Vaccine operations Central Provinces 1900-1911 - 1900-1911
Year: 1900
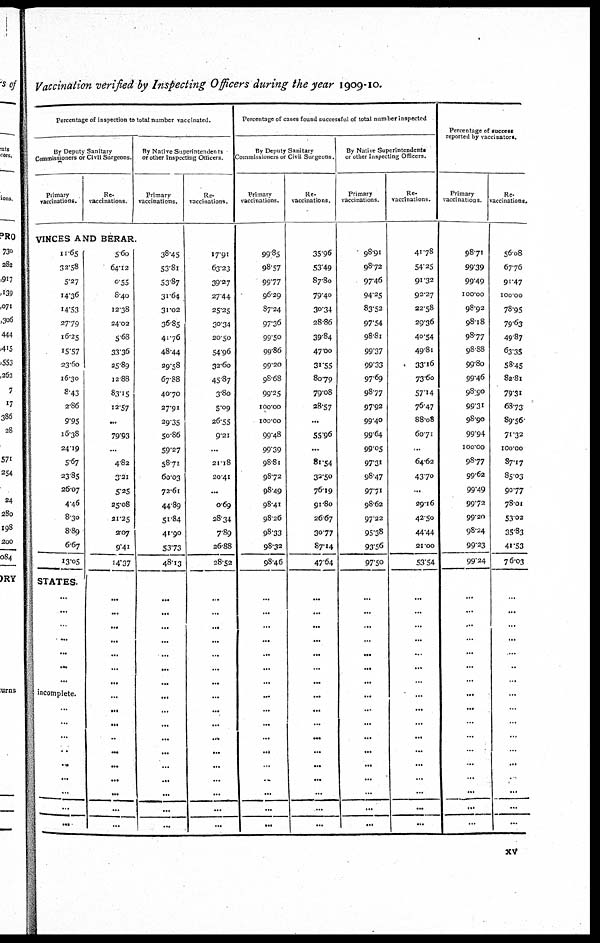
Vaccination verified by Inspecting Officers during the year 1909-10.
Percentage of inspection to total number vaccinated.
By Deputy Sanitary
Commissioners or Civil Surgeons
Primary
vaccinations.
Re¬
vaccinations
By Native Superintendents
or other Inspecting Officers
Primary
vaccinations.
VINCES AND BERAR.
11.65
32.58
5.27
14.36
14.53
27.79
16.25
15.57
23.60
16.30
8.43
2.86
9.95
1638
24.19
5.67
23.85
26.07
4.46
8.30
8.89
6.67
13.05
STATES.
...
...
...
...
...
...
...
incomplete.
...
...
...
...
...
...
...
...
...
5.60
64.12
0.55
8.40
12.38
24.02
5.68
33.36
25.89
12.88
83.15
12.57
...
79.93
...
4.82
3.21
5.25
25.08
21.25
2.07
9.41
14.37
...
...
...
...
...
...
...
...
...
...
...
...
...
...
...
...
...
38.45
53.81
53.87
31.64
31.02
36.85
41.76
48.44
29.58
67.88
40.70
27.91
29.35
50.86
59.27
58.71
60.03
72.61
44.89
51.84
41.90
53.73
48.13
...
...
...
...
...
...
...
...
...
...
...
...
...
...
...
...
...
Re¬
vaccinations.
17.91
63.23
39.27
27.44
25.25
30.34
20.50
54.96
32.60
45.87
3.80
5.09
26.55
9.21
...
21.18
20.41
...
0.69
28.34
7.89
26.88
28.52
...
...
...
...
...
...
...
...
...
...
...
...
...
...
...
...
...
Percentage of cases found successful of total number inspected
By Deputy Sanitary
Commissioners or Civil Surgeons.
Primary
vaccinations.
99.85
98.57
99.77
96.29
87.24
97.36
99.50
99.86
99.20
98.68
99.25
100.00
100.00
99.48
99.39
98.81
98.72
98.49
98.41
98.26
98.33
98.32
98.46
...
...
...
...
...
...
...
...
...
...
...
...
...
...
...
...
...
Re¬
vaccinations.
35.96
53.49
87.80
79.40
30.34
28.86
39.84
47.00
31.55
80.79
79.08
28.57
...
55.96
...
81.54
32.50
76.19
91.80
26.67
30.77
87.14
47.64
...
...
...
...
...
...
...
...
...
...
...
...
...
...
...
...
...
By Native Superintendents
or other Inspecting Officers.
Primary
vaccinations.
98.91
98.72
97.46
94.25
83.52
97.54
98.81
99.37
99.33
97.69
98.77
97.92
99.40
99.64
99.05
97.31
98.47
97.71
98.62
97.22
95.38
93.56
97.50
...
...
...
...
...
...
...
...
...
...
...
...
...
...
...
...
...
Re¬
vaccinations.
41.78
54.25
91.32
92.27
22.58
29.36
40.54
49.81
33.16
73.60
57.14
76.47
88.08
60.71
...
64.62
43.70
...
29.16
42.50
44.44
21.00
53.54
...
...
...
...
...
...
...
...
...
...
...
...
...
...
...
...
...
Percentage of success
reported by vaccinators.
Primary
vaccinations
98.71
99.39
99.49
100.00
98.92
98.18
98.77
98.88
99.80
99.46
98.90
99.31
98.90
99.94
100.00
98.77
99.62
99.49
99.72
99.20
98.24
99.23
99.24
...
...
...
...
...
...
...
...
...
...
...
...
...
...
...
...
...
Re¬
vaccinations.
56.08
67.76
91.47
100.00
78.95
79.63
49.87
63.35
58.45
82.81
79.31
68.73
89.56
71.32
100.00
87.17
85.03
90.77
78.01
53.02
35.83
41.53
76.03
...
...
...
...
...
...
...
...
...
...
...
...
...
...
...
...
...
xv